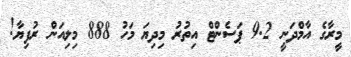
މީރާގެ އާމްދަނީ 9.2 ޕަސެންޓް އިތުރު މިދިޔަ މަހު 888 މިލިއަން ރުފިޔާ!